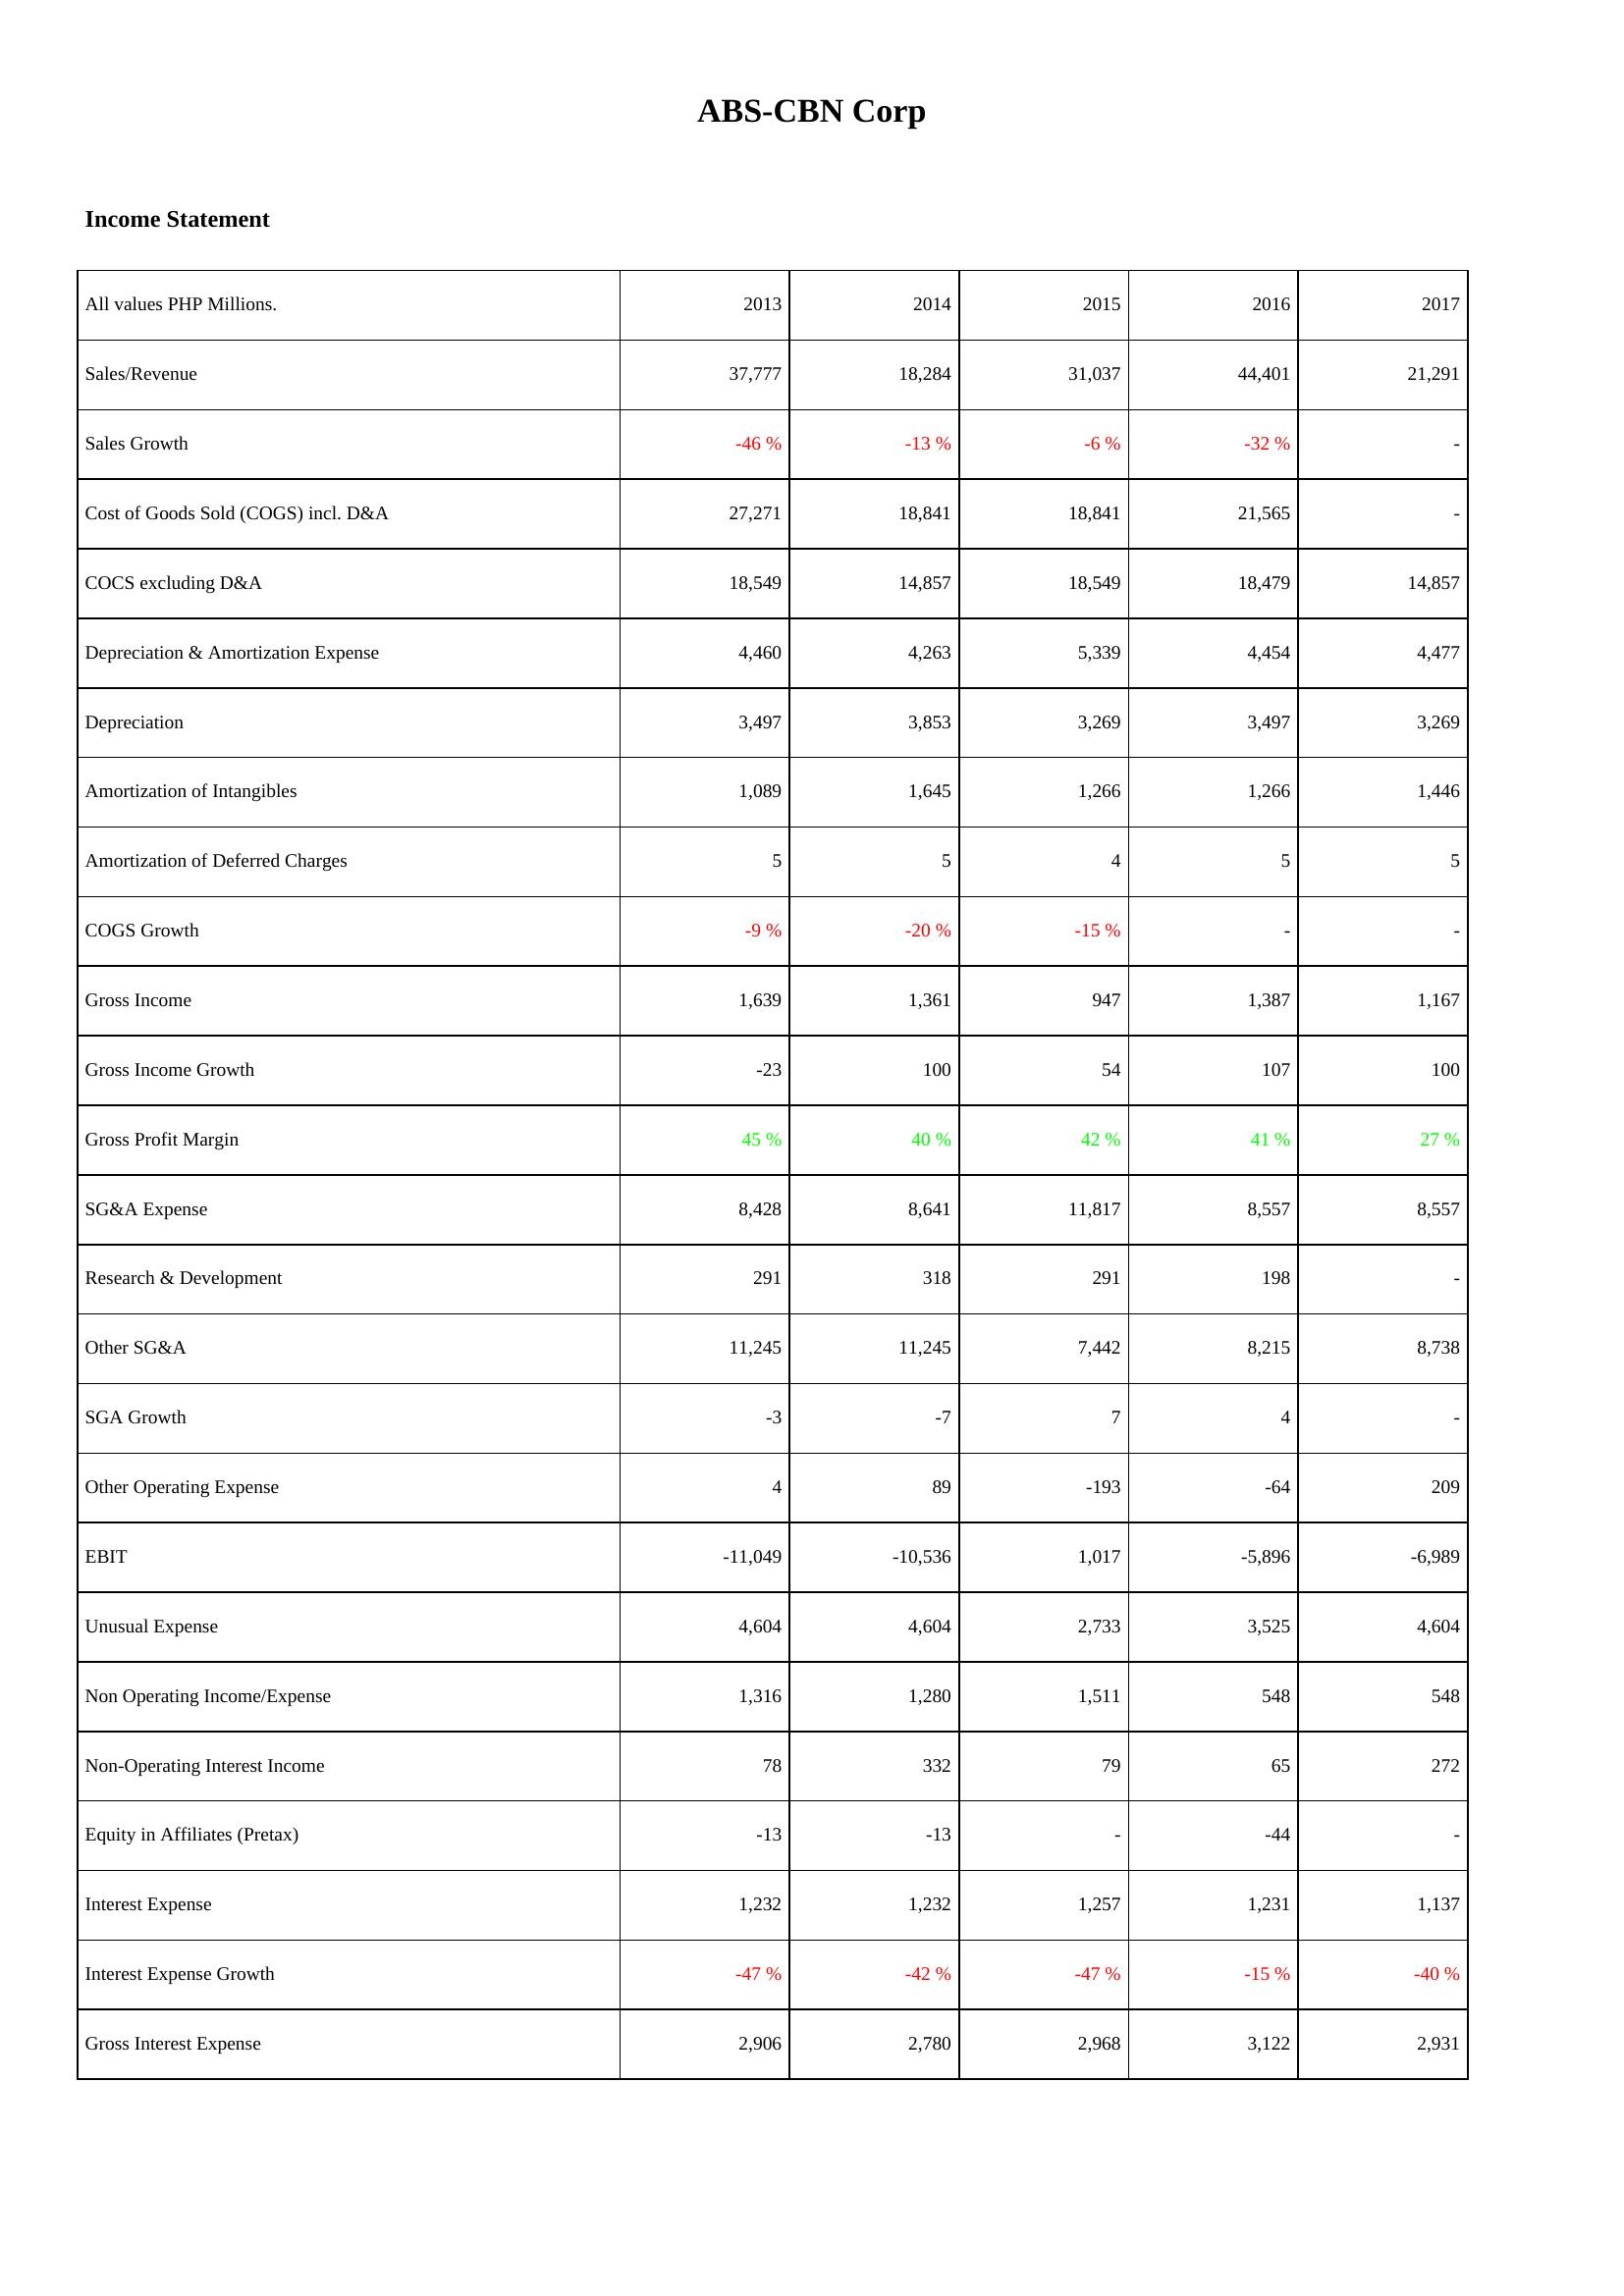
2013: Income Statement: Sales/Revenue: 37,777
Sales Growth: -46 %
Cost of Goods Sold (COGS) incl. D&A: 27,271
COCS excluding D&A: 18,549
Depreciation & Amortization Expense: 4,460
Depreciation: 3,497
Amortization of Intangibles: 1,089
Amortization of Deferred Charges: 5
COGS Growth: -9 %
Gross Income: 1,639
Gross Income Growth: -23
Gross Profit Margin: 45 %
SG&A Expense: 8,428
Research & Development: 291
Other SG&A: 11,245
SGA Growth: -3
Other Operating Expense: 4
EBIT: -11,049
Unusual Expense: 4,604
Non Operating Income/Expense: 1,316
Non-Operating Interest Income: 78
Equity in Affiliates (Pretax): -13
Interest Expense: 1,232
Interest Expense Growth: -47 %
Gross Interest Expense: 2,906
2014: Income Statement: Sales/Revenue: 18,284
Sales Growth: -13 %
Cost of Goods Sold (COGS) incl. D&A: 18,841
COCS excluding D&A: 14,857
Depreciation & Amortization Expense: 4,263
Depreciation: 3,853
Amortization of Intangibles: 1,645
Amortization of Deferred Charges: 5
COGS Growth: -20 %
Gross Income: 1,361
Gross Income Growth: 100
Gross Profit Margin: 40 %
SG&A Expense: 8,641
Research & Development: 318
Other SG&A: 11,245
SGA Growth: -7
Other Operating Expense: 89
EBIT: -10,536
Unusual Expense: 4,604
Non Operating Income/Expense: 1,280
Non-Operating Interest Income: 332
Equity in Affiliates (Pretax): -13
Interest Expense: 1,232
Interest Expense Growth: -42 %
Gross Interest Expense: 2,780
2015: Income Statement: Sales/Revenue: 31,037
Sales Growth: -6 %
Cost of Goods Sold (COGS) incl. D&A: 18,841
COCS excluding D&A: 18,549
Depreciation & Amortization Expense: 5,339
Depreciation: 3,269
Amortization of Intangibles: 1,266
Amortization of Deferred Charges: 4
COGS Growth: -15 %
Gross Income: 947
Gross Income Growth: 54
Gross Profit Margin: 42 %
SG&A Expense: 11,817
Research & Development: 291
Other SG&A: 7,442
SGA Growth: 7
Other Operating Expense: -193
EBIT: 1,017
Unusual Expense: 2,733
Non Operating Income/Expense: 1,511
Non-Operating Interest Income: 79
Equity in Affiliates (Pretax): -
Interest Expense: 1,257
Interest Expense Growth: -47 %
Gross Interest Expense: 2,968
2016: Income Statement: Sales/Revenue: 44,401
Sales Growth: -32 %
Cost of Goods Sold (COGS) incl. D&A: 21,565
COCS excluding D&A: 18,479
Depreciation & Amortization Expense: 4,454
Depreciation: 3,497
Amortization of Intangibles: 1,266
Amortization of Deferred Charges: 5
COGS Growth: -
Gross Income: 1,387
Gross Income Growth: 107
Gross Profit Margin: 41 %
SG&A Expense: 8,557
Research & Development: 198
Other SG&A: 8,215
SGA Growth: 4
Other Operating Expense: -64
EBIT: -5,896
Unusual Expense: 3,525
Non Operating Income/Expense: 548
Non-Operating Interest Income: 65
Equity in Affiliates (Pretax): -44
Interest Expense: 1,231
Interest Expense Growth: -15 %
Gross Interest Expense: 3,122
2017: Income Statement: Sales/Revenue: 21,291
Sales Growth: -
Cost of Goods Sold (COGS) incl. D&A: -
COCS excluding D&A: 14,857
Depreciation & Amortization Expense: 4,477
Depreciation: 3,269
Amortization of Intangibles: 1,446
Amortization of Deferred Charges: 5
COGS Growth: -
Gross Income: 1,167
Gross Income Growth: 100
Gross Profit Margin: 27 %
SG&A Expense: 8,557
Research & Development: -
Other SG&A: 8,738
SGA Growth: -
Other Operating Expense: 209
EBIT: -6,989
Unusual Expense: 4,604
Non Operating Income/Expense: 548
Non-Operating Interest Income: 272
Equity in Affiliates (Pretax): -
Interest Expense: 1,137
Interest Expense Growth: -40 %
Gross Interest Expense: 2,931